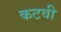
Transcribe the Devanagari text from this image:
कटवी